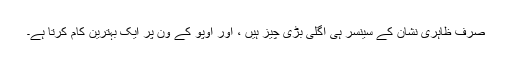
صرف ظاہری نشان کے سینسر ہی اگلی بڑی چیز ہیں ، اور اوپو کے ون پر ایک بہترین کام کرتا ہے۔